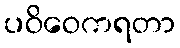
ပဝိဝေကရတာ